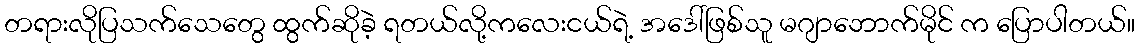
တရားလိုပြသက်သေတွေ ထွက်ဆိုခဲ့ ရတယ်လို့ကလေးငယ်ရဲ့ အဒေါ်ဖြစ်သူ မဂျာဘောက်မိုင် က ပြောပါတယ်။